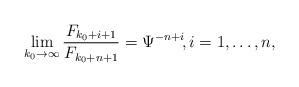
LaTeX: \begin{align*} \lim_{k_0\to\infty}\frac{F_{k_0+i+1}}{F_{k_0+n+1}}= \Psi^{-n+i}\!,i=1,\dots,n,\end{align*}